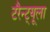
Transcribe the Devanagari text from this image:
टरैन्ट्यूला